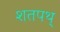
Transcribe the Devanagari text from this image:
शतपथ्